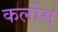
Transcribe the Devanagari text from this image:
कर्लोस्